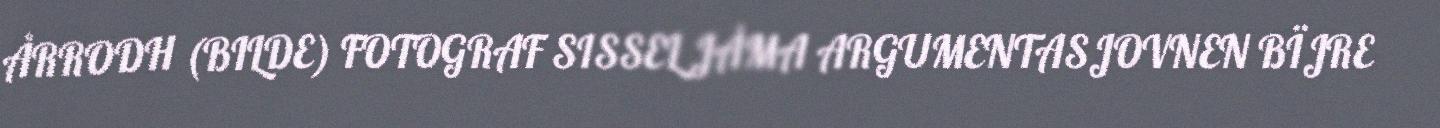
ÅRRODH (BILDE) FOTOGRAF SISSEL JÅMA ARGUMENTASJOVNEN BÏJRE